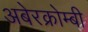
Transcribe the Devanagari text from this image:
अबेरक्रोम्बी